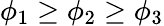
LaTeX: \phi_{1}\geq\phi_{2}\geq\phi_{3}